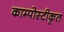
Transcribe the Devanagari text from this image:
काम्पोस्टीकृत